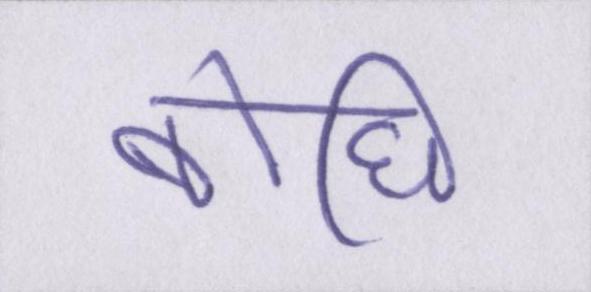
बोधि